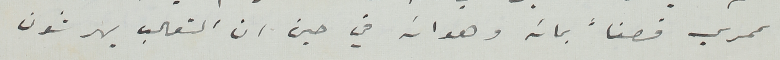
عمري قصفاً بمائه وهوائه في حين ان الثعالب يهرشون